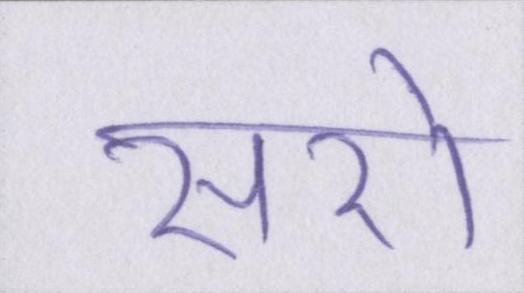
सरो